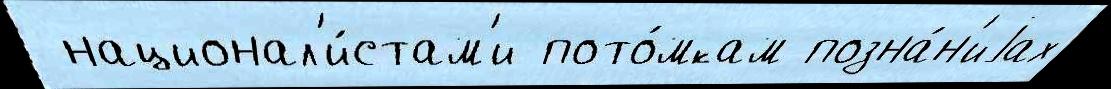
 национал'и́стам'и пото́мкам позна́н'иjах